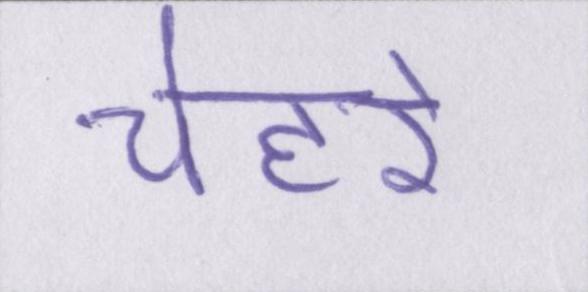
चेहरे